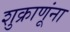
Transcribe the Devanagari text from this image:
शुक्राणूंना